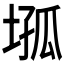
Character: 𡍢